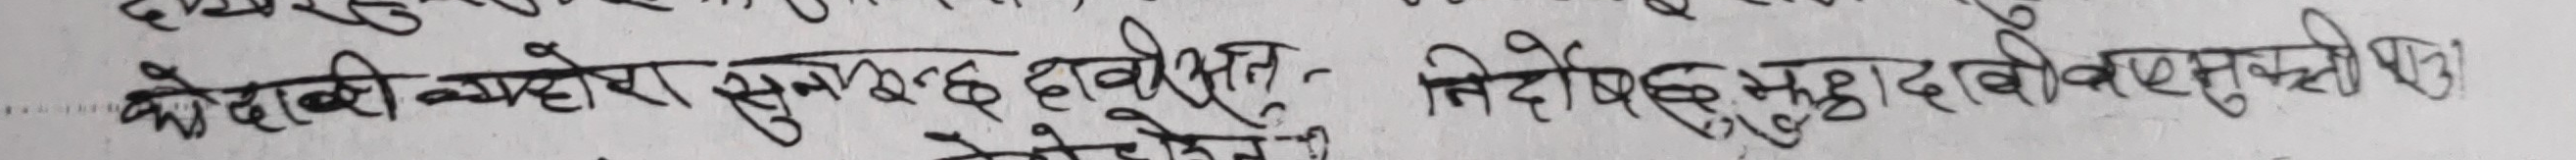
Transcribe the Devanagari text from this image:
कोरखी वहेरा सुखाबद्ध दवीक्षत निदोष सुहृद दबे रसुकुली पा